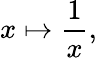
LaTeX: x\mapsto{\frac{1}{x}},